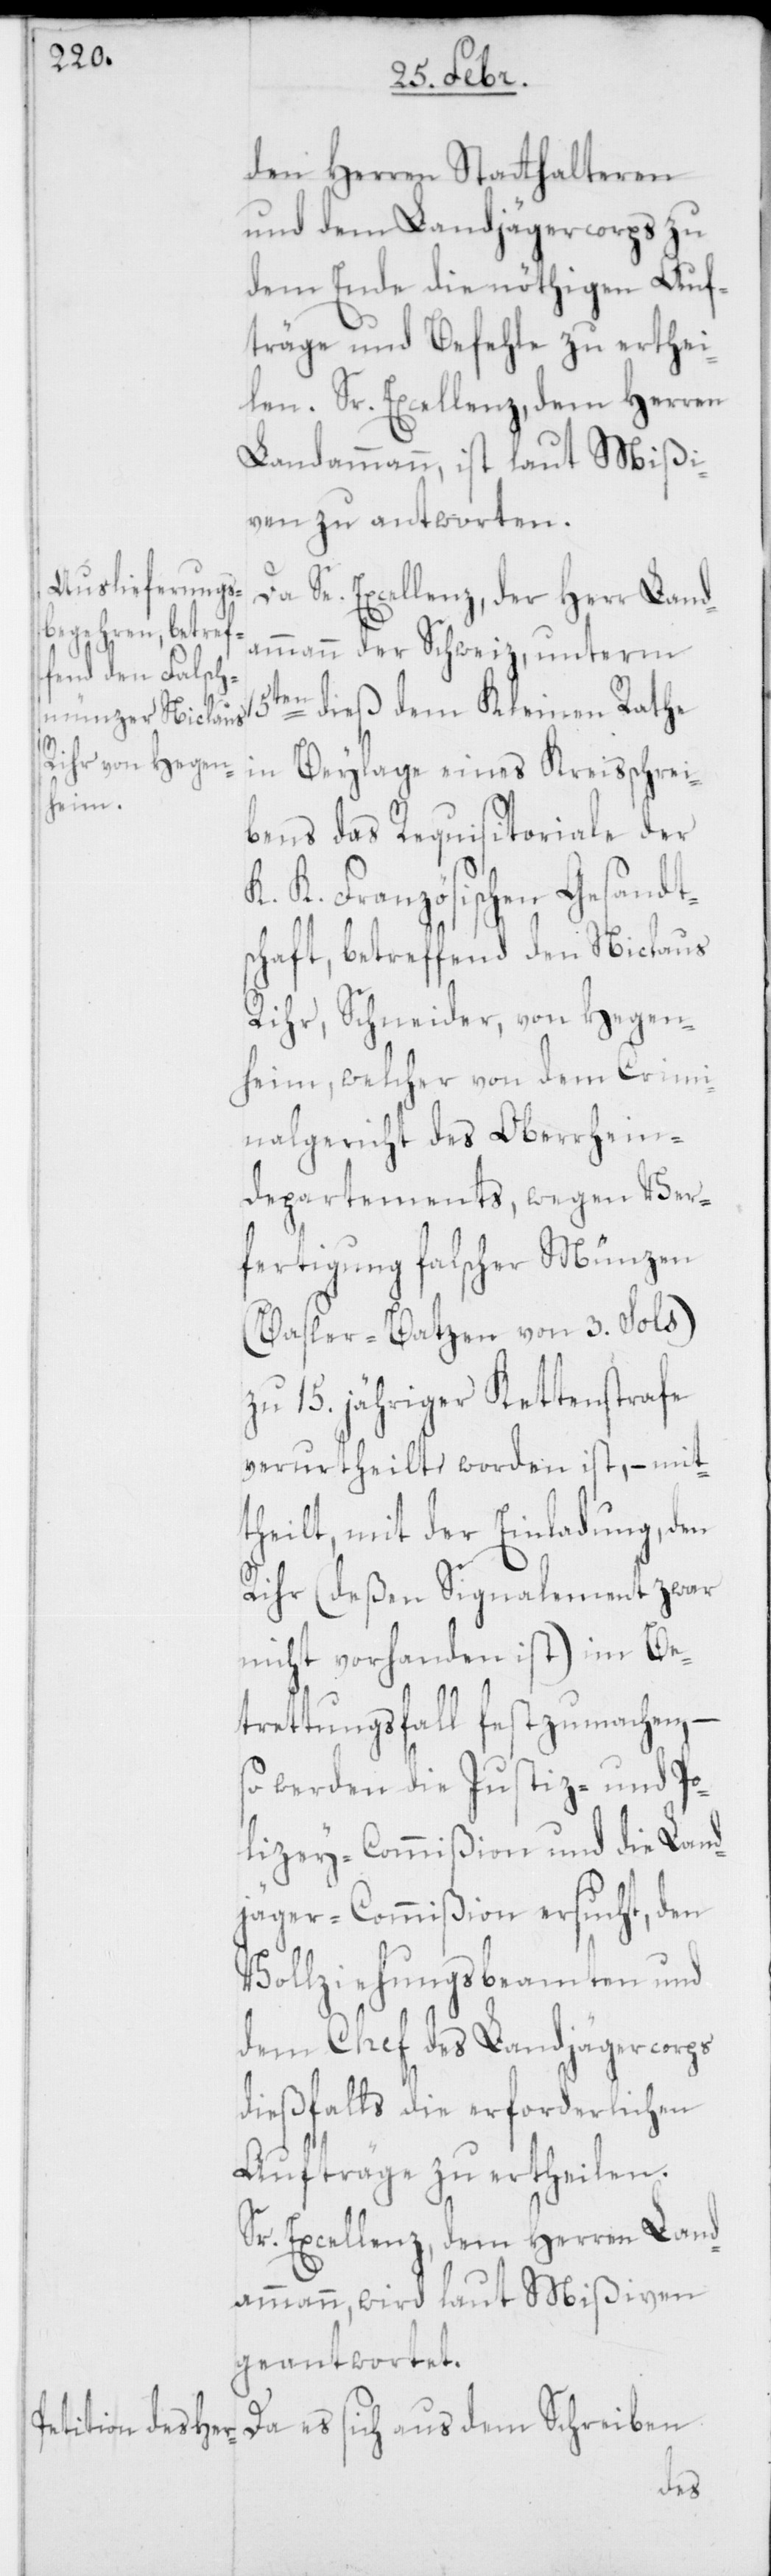
den Herren Statthalteren
und dem Landjägercorps zu
dem Ende die nöthigen Auf¬
träge und Befehle zu erthei¬
len. Sr. Excellenz, dem Herren
Landammann, ist laut Mißi¬
ven zu antworten.
Da Se. Excellenz, der Herr Land¬
ammann der Schweiz, unterm
dieß dem Kleinen Rathe
in Beylage eines Kreisschrei¬
bens das Requisitoriale der
K. K. Französischen Gesandt¬
schaft, betreffend den Niclaus
Rihr, Schneider, von Hegen¬
heim, welcher von dem Crimi¬
nalgericht des Oberrhein¬
departements, wegen Ver¬
fertigung falscher Münzen
(Basler-Batzen von 3. Sols)
zu 15. jähriger Kettenstrafe
verurtheilt worden ist, – mit¬
theilt, mit der Einladung, den
Rihr (deßen Signalement zwar
nicht vorhanden ist) im Be¬
tretungsfall festzumachen, –
so werden die Justiz- und Po¬
lizey-Commißion und die Land¬
jäger-Commißion ersucht, den
Vollziehungsbeamten und
dem Chef des Landjägercorps
dießfalls die erforderlichen
Aufträge zu ertheilen.
Sr. Excellenz dem Herren Land¬
ammann wird laut Mißiven
geantwortet.
Da es sich aus dem Schreiben